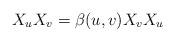
LaTeX: \begin{align*}X_u X_v = \beta (u,v) X_v X_u\end{align*}